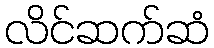
လိင်ဆက်ဆံ